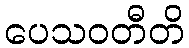
ပေသဝတီတိ